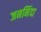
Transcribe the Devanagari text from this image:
जननिंदा